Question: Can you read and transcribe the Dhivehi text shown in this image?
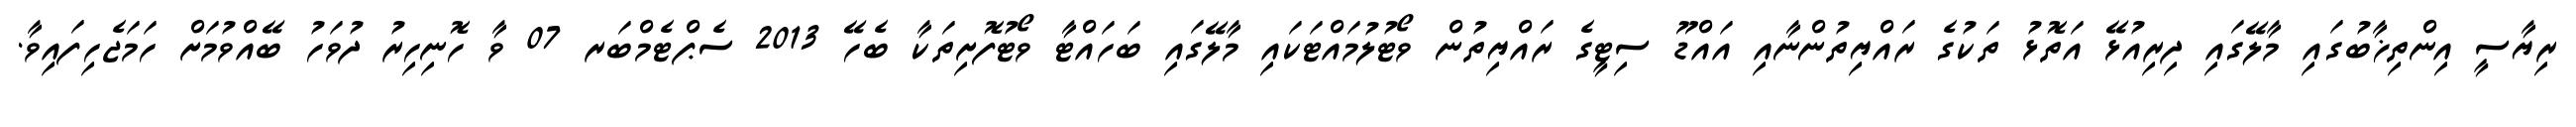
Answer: ރިޔާސީ އިންތިޚާބުގައި މާލޭގައި ދިރިއުޅޭ އަތޮޅު ތަކުގެ ރައްޔިތުންނާއި އައްޑޫ ސިޓީގެ ރައްޔިތުން ވޯޓުލުމައްޓަކައި މާލޭގައި ބަހައްޓާ ވޯޓުފޮށިތަކާ ބެހޭ 2013 ސެޕްޓެމްބަރ 07 ވާ ހޮނިހިރު ދުވަހު ބޭއްވުމަށް ހަމަޖެހިފައިވާ.